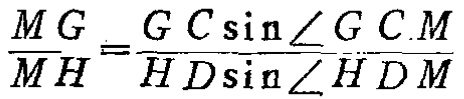
\(\frac{MG}{MH}=\frac{GC\sin\angle GCM}{HD\sin\angle HDM}\)